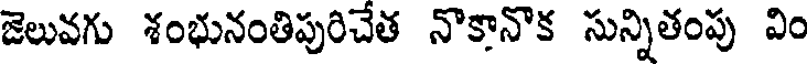
జెలువగు శంభునంతిపురిచేత నొకానొక సున్నితంపు విం